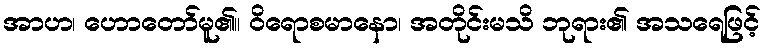
အာဟ၊ ဟောတော်မူ၏။ ဝိရောစမာနော၊ အတိုင်းမသိ ဘုရား၏ အသရေဖြင့်